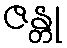
ဇန္တု